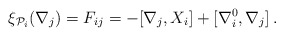
\begin{align*}\xi_{{\cal P}_{i}}(\nabla_{j}) = F_{ij} = -[\nabla_{j}, X_{i}] + [\nabla_{i}^{0},\nabla_{j}] \, .\end{align*}